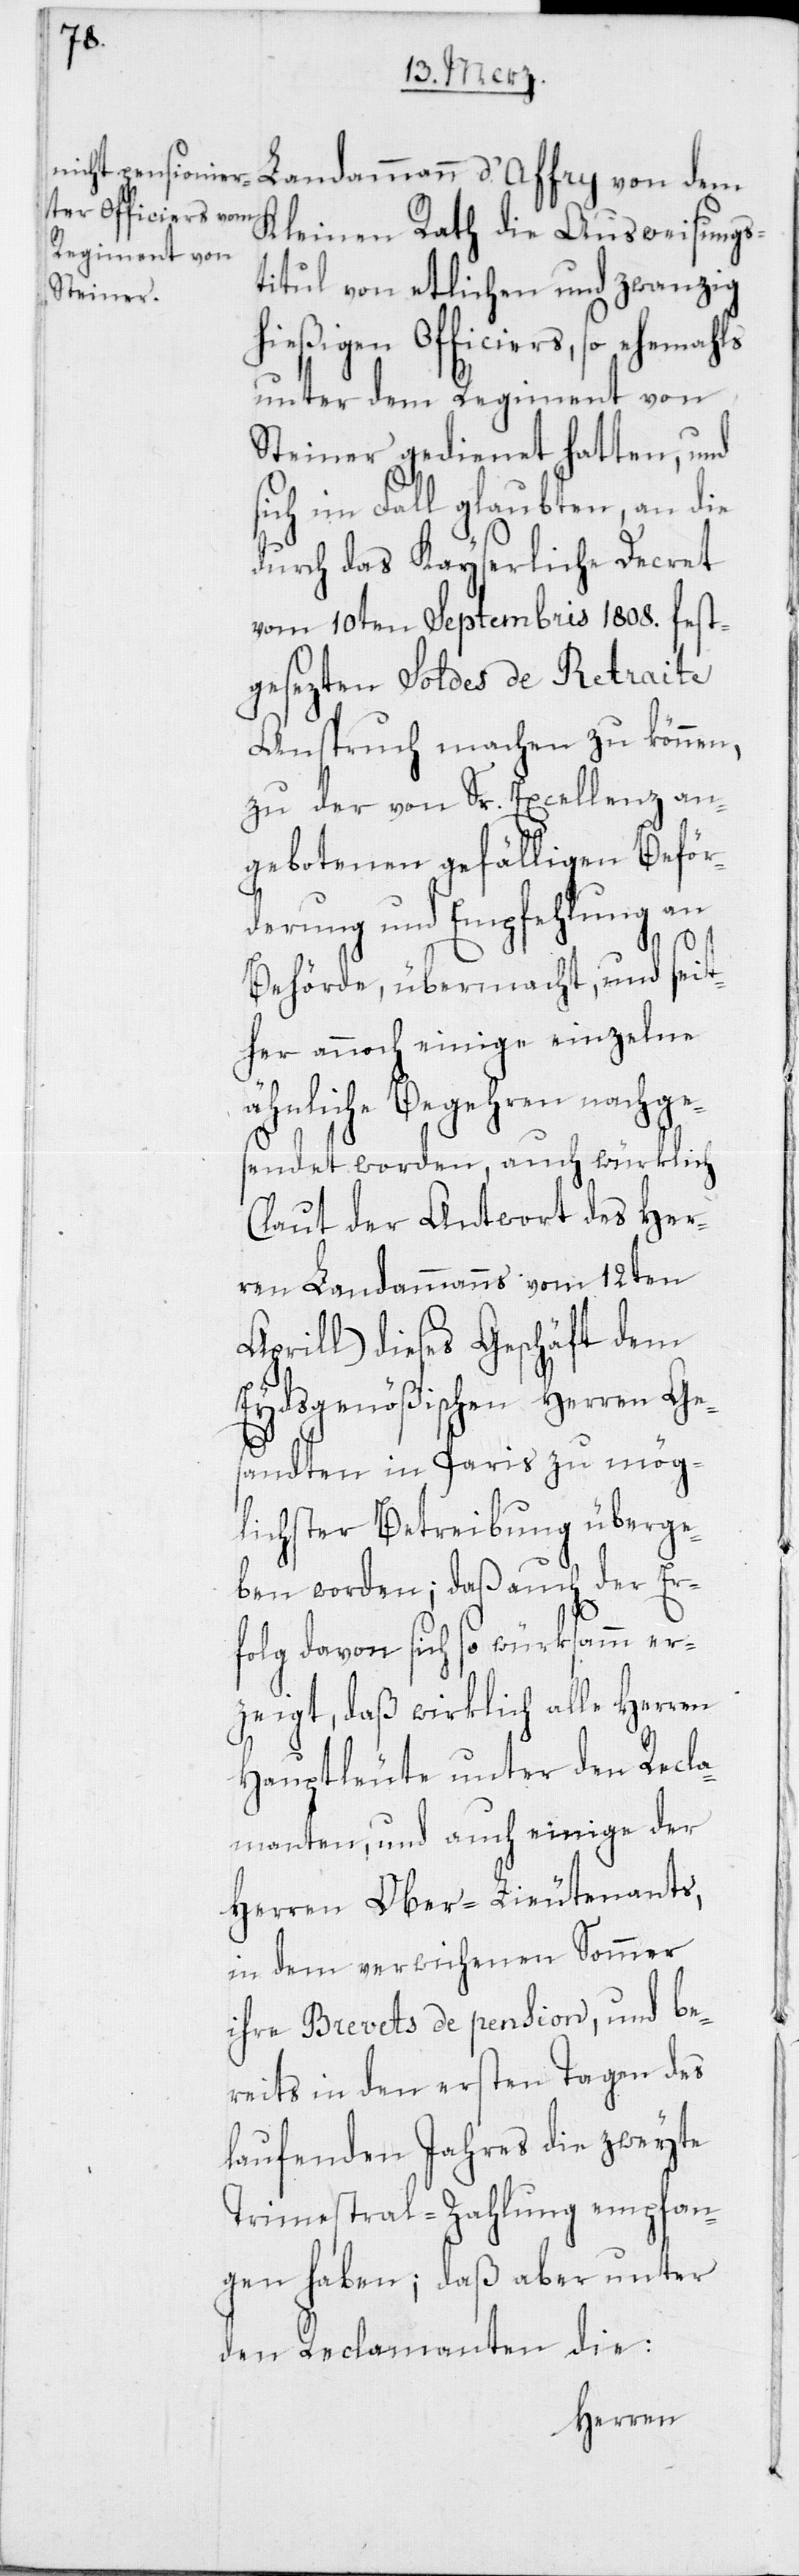
Landammann d’Affry von dem
Kleinen Rath die Ausweisungs¬
titul von etlichen und zwanzig
hießigen Officiers, so ehemahls
unter dem Regiment von
Steiner gedienet hatten, und
sich im Fall glaubten, an die
durch das Kayserliche Decret
vom 10ten Septembris 1808. fest¬
gesezten Soldes de Retraite
Anspruch machen zu können,
zu der von Sr. Excellenz an¬
gebotenen gefälligen Beför¬
derung und Empfehlung an
Behörde, übermacht, und seit¬
her annoch einige einzelne
ähnliche Begehren nachge¬
sendet worden, auch würklich
(laut der Antwort des Her¬
ren Landammanns vom 12ten
April) dieses Geschäft dem
Eydsgenößischen Herren Ge¬
sandten in Paris zu mög¬
lichster Betreibung überge¬
ben worden; daß auch der Er¬
folg davon sich so würksamm er¬
zeigt, daß wirklich alle Herren
Hauptleute unter den Recla¬
manten, und auch einige der
Herren Ober-Lieutenants,
in dem verwichenen Sommer
ihre Brevets de pension, und be¬
reits in den ersten Tagen des
laufenden Jahres die zweyte
Trimestral-Zahlung empfan¬
gen haben; daß aber unter
den Reclamanten die: